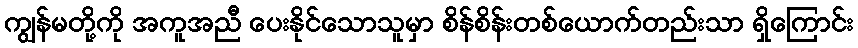
ကျွန်မတို့ကို အကူအညီ ပေးနိုင်သောသူမှာ စိန်စိန်းတစ်ယောက်တည်းသာ ရှိကြောင်း